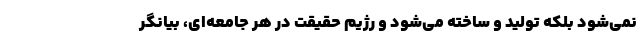
نمی‌شود بلکه تولید و ساخته می‌شود و رژیم حقیقت در هر جامعه‌ای، بیانگر